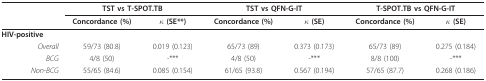
<table><thead><tr><td></td><td colspan="2"><b>TST vs T-SPOT.TB</b></td><td colspan="2"><b>TST vs QFN-G-IT</b></td><td colspan="2"><b>T-SPOT.TB vs QFN-G-IT</b></td></tr><tr><td></td><td><b>Concordance (%)</b></td><td><b>κ (SE**)</b></td><td><b>Concordance (%)</b></td><td><b>κ (SE)</b></td><td><b>Concordance (%)</b></td><td><b>κ (SE)</b></td></tr></thead><tbody><tr><td><b>HIV-positive</b></td><td></td><td></td><td></td><td></td><td></td><td></td></tr><tr><td><i>Overall</i></td><td>59/73 (80.8)</td><td>0.019 (0.123)</td><td>65/73 (89)</td><td>0.373 (0.173)</td><td>65/73 (89)</td><td>0.275 (0.184)</td></tr><tr><td><i>BCG</i></td><td>4/8 (50)</td><td>-***</td><td>4/8 (50)</td><td>-***</td><td>8/8 (100)</td><td>-***</td></tr><tr><td><i>Non-BCG</i></td><td>55/65 (84.6)</td><td>0.085 (0.154)</td><td>61/65 (93.8)</td><td>0.567 (0.194)</td><td>57/65 (87.7)</td><td>0.268 (0.186)</td></tr></tbody></table>